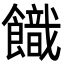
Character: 𩞡